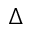
\Delta